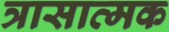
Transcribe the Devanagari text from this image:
त्रासात्मक